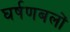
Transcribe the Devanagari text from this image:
घर्षणबलों